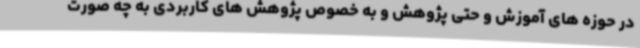
در حوزه های آموزش و حتی پژوهش و به خصوص پژوهش های کاربردی به چه صورت